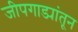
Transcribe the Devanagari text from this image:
जीपगाड्यांतून